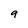
Character: 9